NAE_ERA_R-1958_ENSV_Heliloojate_Liit, lk 63
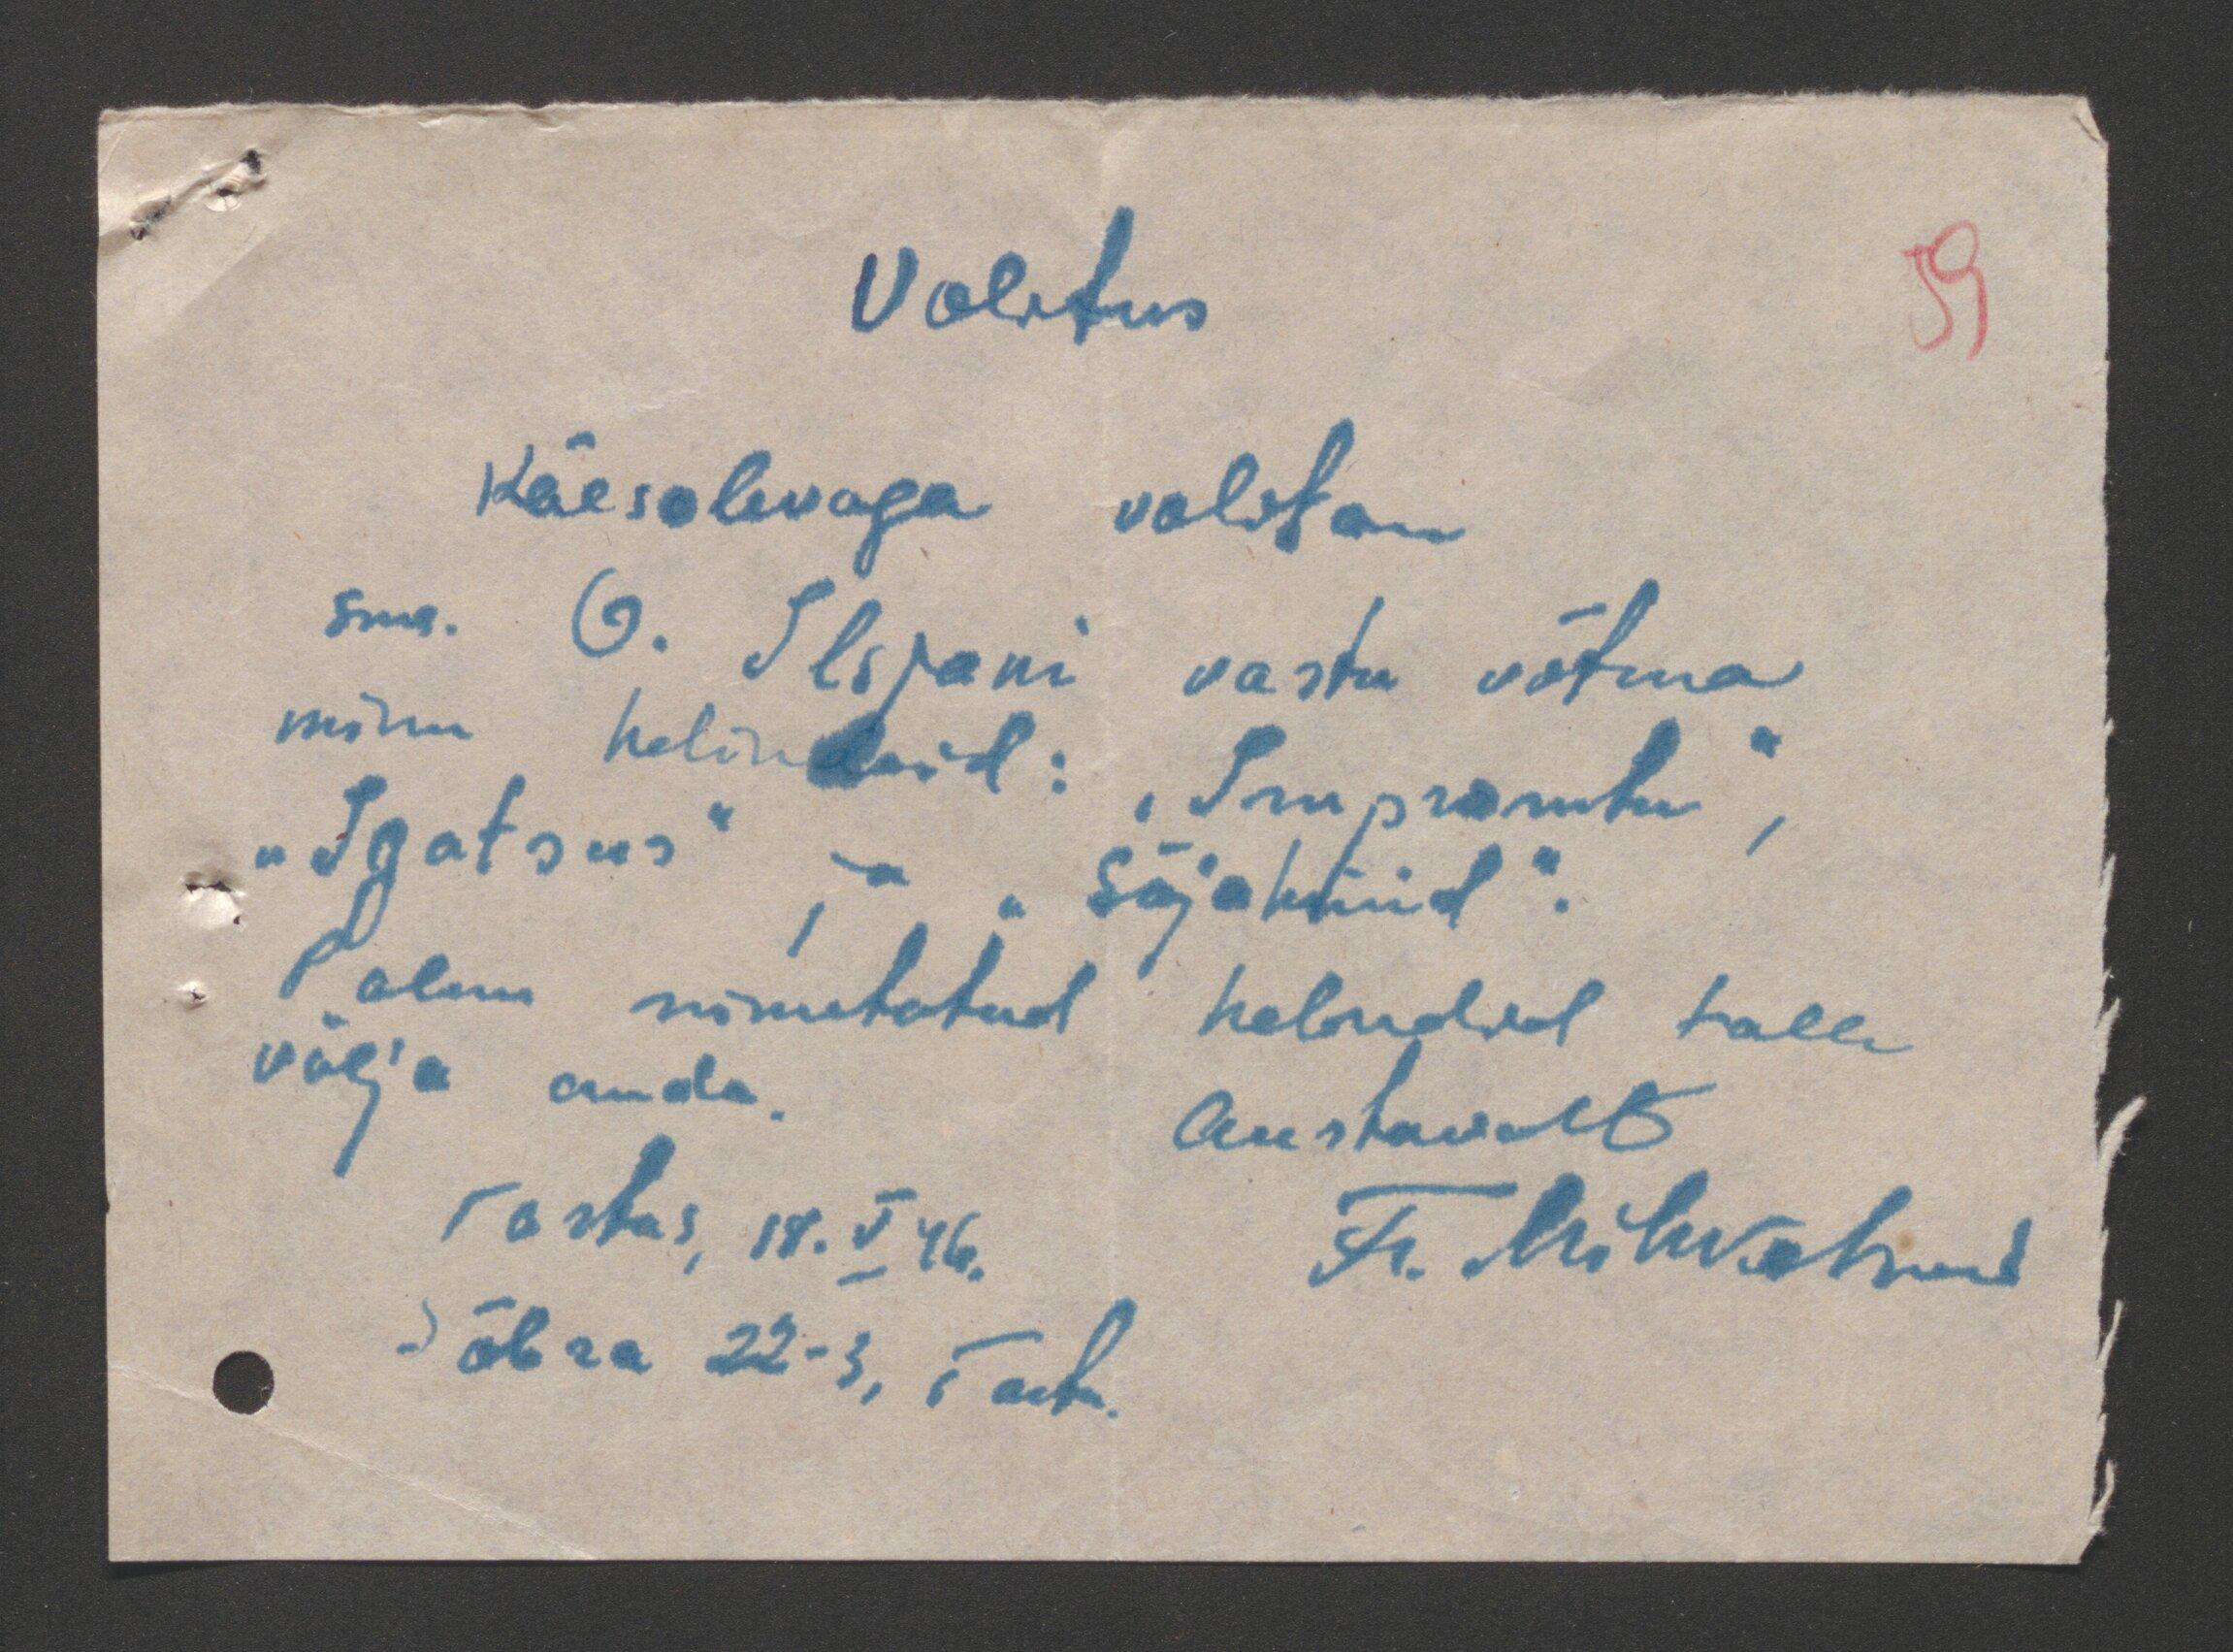
Volitus
59
Käesolevaga valitan
sms. O. Ilsjani vastu võtma
minu helindeid: "impromtu",
"Igatsus" ja "Sõjahüüd".
Palun nimetatud helindid talle
välja anda.
Austavalt
Tartus, 18. V 46. Fr. Mihkelson
Sõbra 22-3, Tartu